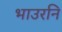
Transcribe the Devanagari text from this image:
भाउरनि